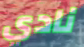
نادي